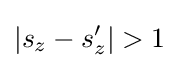
|s_{z}-s_{z}'|>1